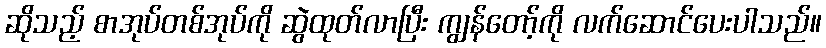
ဆိုသည့် စာအုပ်တစ်အုပ်ကို ဆွဲထုတ်လာပြီး ကျွန်တော့်ကို လက်ဆောင်ပေးပါသည်။